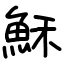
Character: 穌